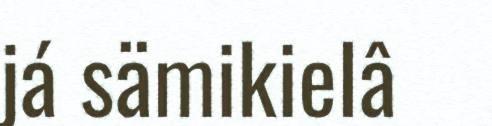
já sämikielâ